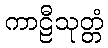
ကာဠီသုတ္တံ